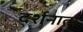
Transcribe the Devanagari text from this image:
दर्शनात्म